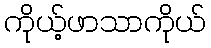
ကိုယ့်ဖာသာကိုယ်